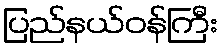
ပြည်နယ်ဝန်ကြီး